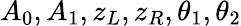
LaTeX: A_{0},A_{1},z_{L},z_{R},\theta_{1},\theta_{2}